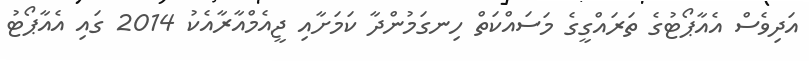
އަދިވެސް އެއާޕޯޓުގެ ތަރައްގީގެ މަސައްކަތް ހިނގަމުންދާ ކަމަށާއި ޖީއެމްއާރާއެކު 2014 ގައި އެއާޕޯޓު